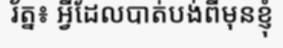
រ័ត្ន៖ អ្វីដែលបាត់បង់ពីមុនខ្ញុំ